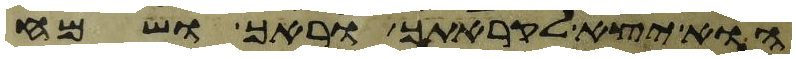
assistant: הוא יצא לקראתך וראך ושמח